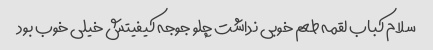
سلام کباب لقمه طعم خوبی نداشت چلو جوجه کیفیتش خیلی خوب بود